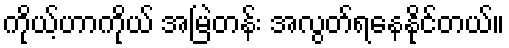
ကိုယ့်ဟာကိုယ် အမြဲတန်း အလွတ်ရနေနိုင်တယ်။